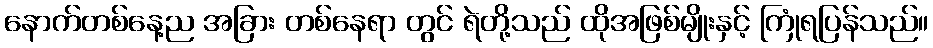
နောက်တစ်နေ့ည အခြား တစ်နေရာ တွင် ရဲတို့သည် ထိုအဖြစ်မျိုးနှင့် ကြုံရပြန်သည်။